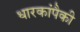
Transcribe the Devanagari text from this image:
धारकांपैकी